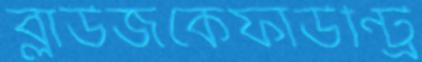
ব্লাউজকেফাউন্ট্রি